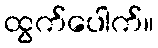
ထွက်ပေါက်။